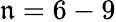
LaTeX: \mathfrak{n}=6-9